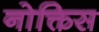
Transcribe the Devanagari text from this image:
नोक्तिस